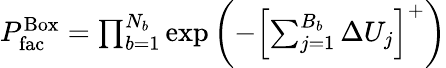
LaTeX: \begin{array}{r}{P_{\mathrm{fac}}^{\mathrm{Box}}=\prod_{b=1}^{N_{b}}\exp\left(-\left[\sum_{j=1}^{B_{b}}{\Delta U_{j}}\right]^{+}\right)}\end{array}